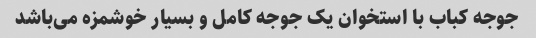
جوجه کباب با استخوان یک جوجه کامل و بسیار خوشمزه می‌باشد